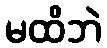
မထိဘဲ